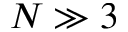
N \gg 3